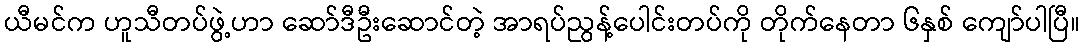
ယီမင်က ဟူသီတပ်ဖွဲ့ဟာ ဆော်ဒီဦးဆောင်တဲ့ အာရပ်ညွန့်ပေါင်းတပ်ကို တိုက်နေတာ ၆နှစ် ကျော်ပါပြီ။